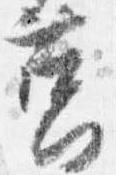
筥